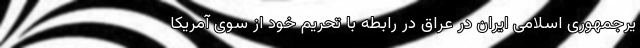
یرجمهوری اسلامی ایران در عراق در رابطه با تحریم خود از سوی آمریکا